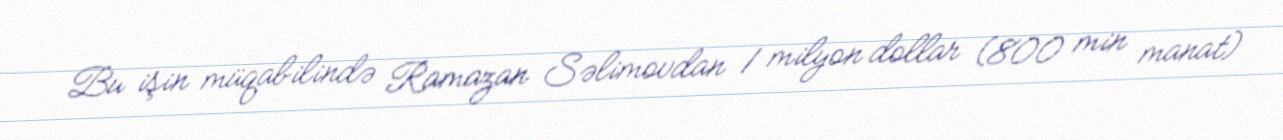
Bu işin müqabilində Ramazan Səlimovdan 1 milyon dollar (800 min manat)